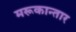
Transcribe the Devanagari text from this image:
मरूकान्तार